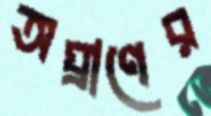
অঘ্রাণের